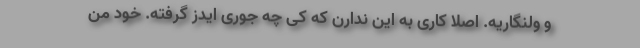
و ولنگاریه. اصلا کاری به این ندارن که کی چه جوری ایدز گرفته. خود من